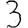
Digit: 3